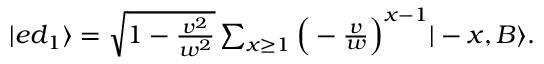
\begin{array} { r } { | e d _ { 1 } \rangle = \sqrt { 1 - \frac { v ^ { 2 } } { w ^ { 2 } } } \sum _ { x \geq 1 } \Big ( - \frac { v } { w } \Big ) ^ { x - 1 } | - x , B \rangle . } \end{array}